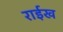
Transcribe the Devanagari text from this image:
राईख